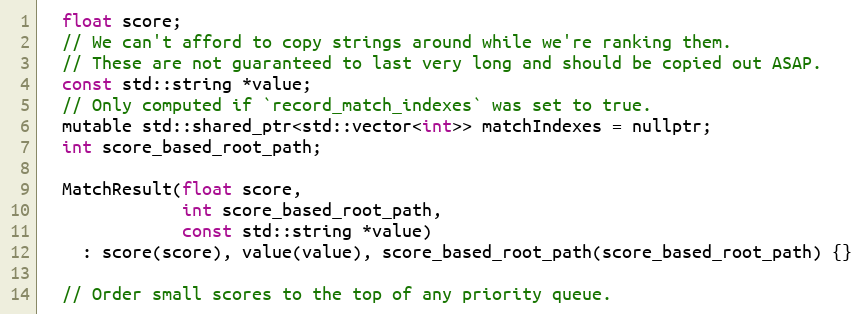
Language: C
  float score;
  // We can't afford to copy strings around while we're ranking them.
  // These are not guaranteed to last very long and should be copied out ASAP.
  const std::string *value;
  // Only computed if `record_match_indexes` was set to true.
  mutable std::shared_ptr<std::vector<int>> matchIndexes = nullptr;
  int score_based_root_path;

  MatchResult(float score,
              int score_based_root_path,
              const std::string *value)
    : score(score), value(value), score_based_root_path(score_based_root_path) {}

  // Order small scores to the top of any priority queue.